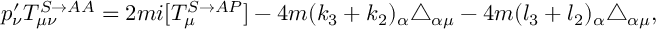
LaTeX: p _ { \nu } ^ { \prime } T _ { \mu \nu } ^ { S \rightarrow A A } = 2 m i [ T _ { \mu } ^ { S \rightarrow A P } ] - 4 m ( k _ { 3 } + k _ { 2 } ) _ { \alpha } \triangle _ { \alpha \mu } - 4 m ( l _ { 3 } + l _ { 2 } ) _ { \alpha } \triangle _ { \alpha \mu } ,